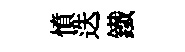
憤迭鐵